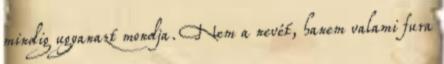
mindig ugyanazt mondja. Nem a nevét, hanem valami fura